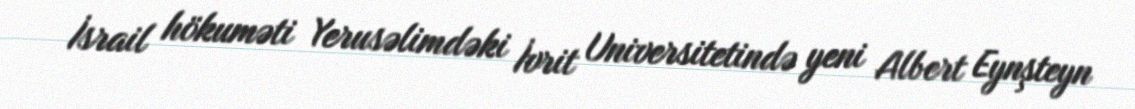
İsrail hökuməti Yerusəlimdəki İvrit Universitetində yeni Albert Eynşteyn